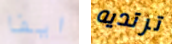
ايفا ترتديه